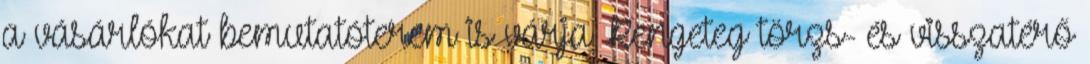
a vásárlókat bemutatóterem is várja Rengeteg törzs- és visszatérő